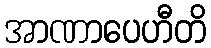
အာဏာပေဟီတိ